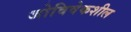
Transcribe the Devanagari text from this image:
जोविवेकशील